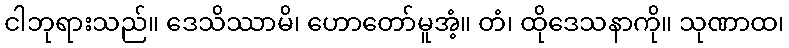
ငါဘုရားသည်။ ဒေသိဿာမိ၊ ဟောတော်မူအံ့။ တံ၊ ထိုဒေသနာကို။ သုဏာထ၊